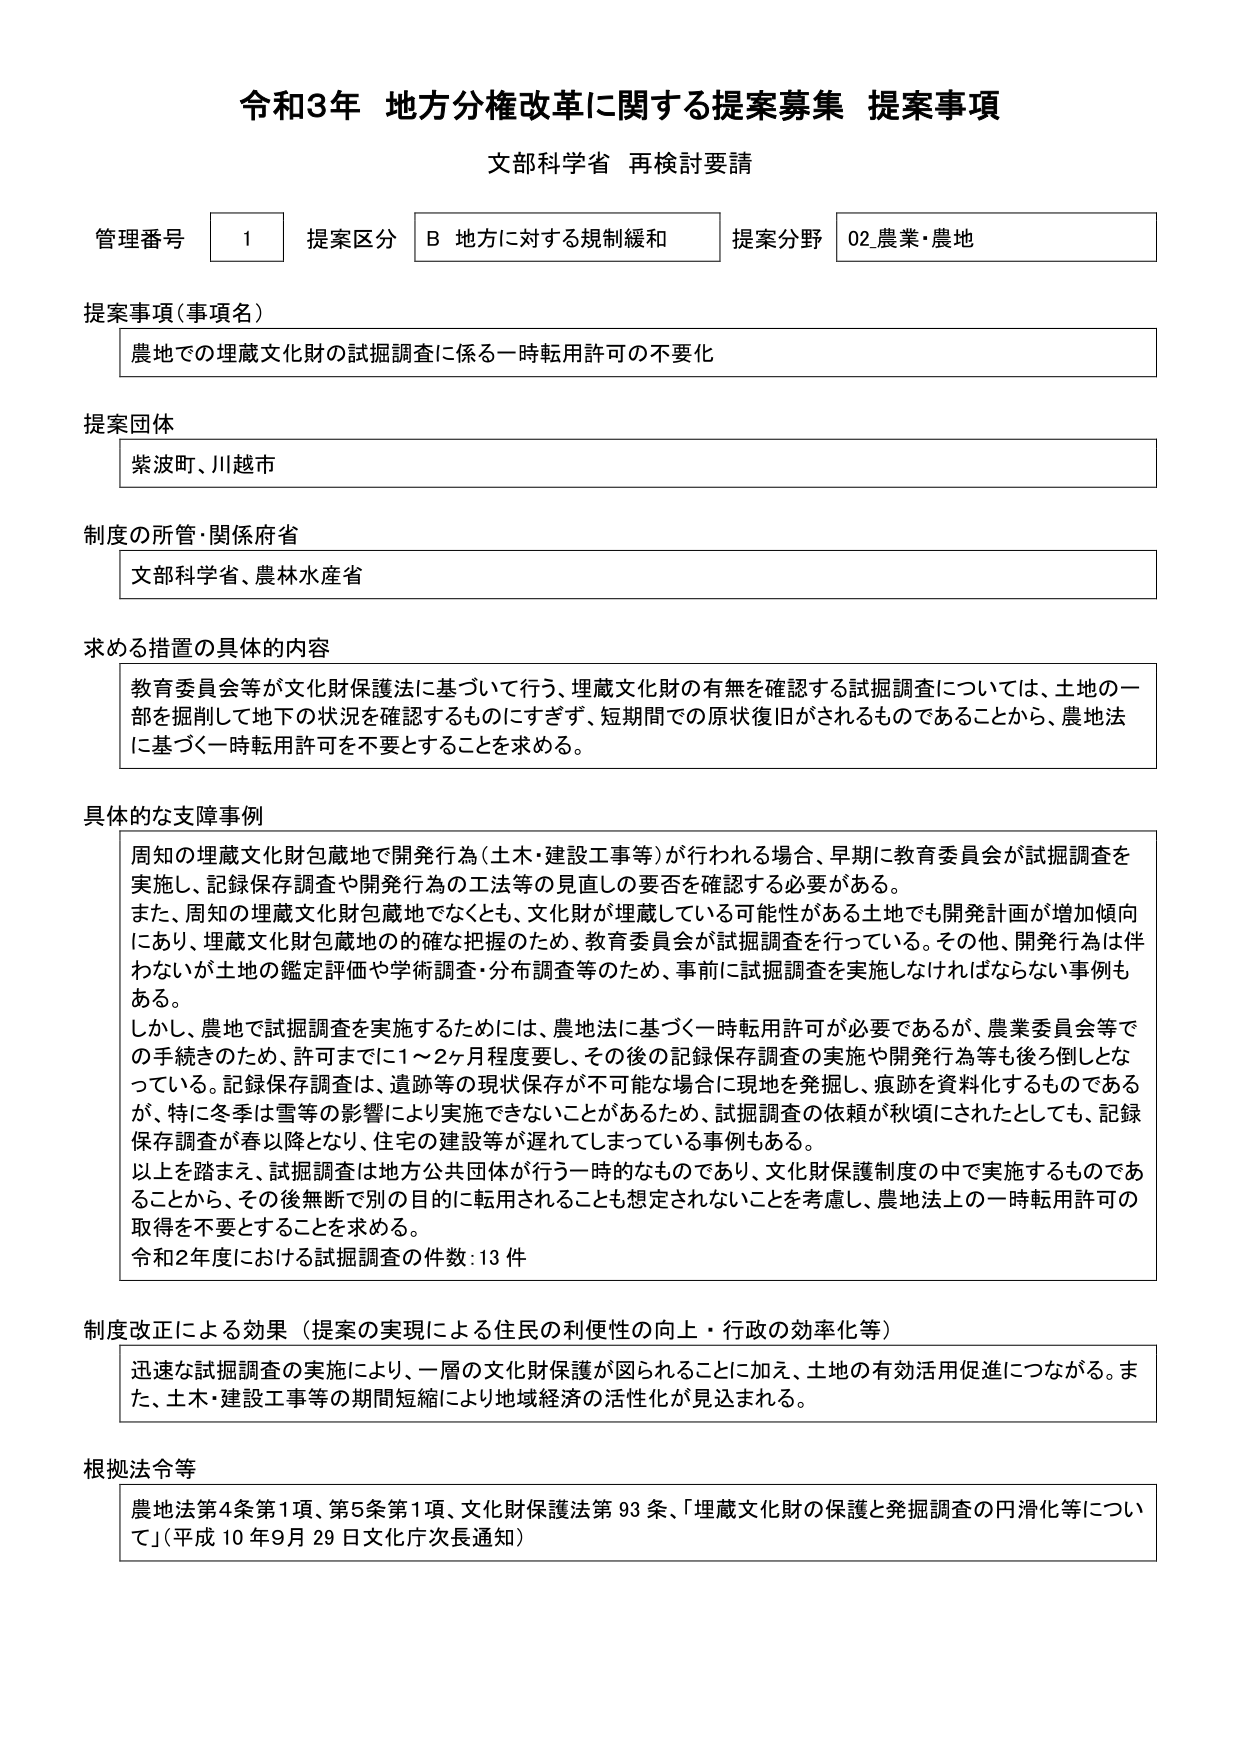
令和3年 地方分権改革に関する提案募集 提案事項
文部科学省 再検討要請

管理番号 1 提案区分 B 地方に対する規制緩和 提案分野 02_農業・農地

提案事項（事項名）
農地での埋蔵文化財の試掘調査に係る一時転用許可の不要化

提案団体
紫波町、川越市

制度の所管・関係府省
文部科学省、農林水産省

求める措置の具体的内容
教育委員会等が文化財保護法に基づいて行う、埋蔵文化財の有無を確認する試掘調査については、土地の一部を掘削して地下の状況を確認するものにすぎず、短期間での原状復旧がされるものであることから、農地法に基づく一時転用許可を不要とすることを求める。

具体的な支障事例
周知の埋蔵文化財包蔵地で開発行為（土木・建設工事等）が行われる場合、早期に教育委員会が試掘調査を実施し、記録保存調査や開発行為の工法等の見直しの要否を確認する必要がある。
また、周知の埋蔵文化財包蔵地でなくとも、文化財が埋蔵している可能性がある土地でも開発計画が増加傾向にあり、埋蔵文化財包蔵地の的確な把握のため、教育委員会が試掘調査を行っている。その他、開発行為は伴わないが土地の鑑定評価や学術調査・分布調査等のため、事前に試掘調査を実施しなければならない事例もある。
しかし、農地で試掘調査を実施するためには、農地法に基づく一時転用許可が必要であるが、農業委員会等での手続きのため、許可までに1～2ヶ月程度要し、その後の記録保存調査の実施や開発行為等も後ろ倒しとなっている。記録保存調査は、遺跡等の現状保存が不可能な場合に現地を発掘し、痕跡を資料化するものであるが、特に冬季は雪等の影響により実施できないことがあるため、試掘調査の依頼が秋頃にされたとしても、記録保存調査が春以降となり、住宅の建設等が遅れてしまっている事例もある。
以上を踏まえ、試掘調査は地方公共団体が行う一時的なものであり、文化財保護制度の中で実施するものであることから、その後無断で別の目的に転用されることも想定されないことを考慮し、農地法上の一時転用許可の取得を不要とすることを求める。
令和2年度における試掘調査の件数：13件

制度改正による効果（提案の実現による住民の利便性の向上・行政の効率化等）
迅速な試掘調査の実施により、一層の文化財保護が図られることに加え、土地の有効活用促進につながる。また、土木・建設工事等の期間短縮により地域経済の活性化が見込まれる。

根拠法令等
農地法第4条第1項、第5条第1項、文化財保護法第93条、「埋蔵文化財の保護と発掘調査の円滑化等について」（平成10年9月29日文化庁次長通知）